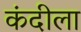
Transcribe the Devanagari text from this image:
कंदीला